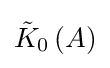
{\tilde {K}}_{0}\left(A\right)